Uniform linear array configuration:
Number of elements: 48
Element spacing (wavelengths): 1
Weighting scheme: blackman
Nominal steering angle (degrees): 45
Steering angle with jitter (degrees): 45.705
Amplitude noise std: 0.05
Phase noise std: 0.05

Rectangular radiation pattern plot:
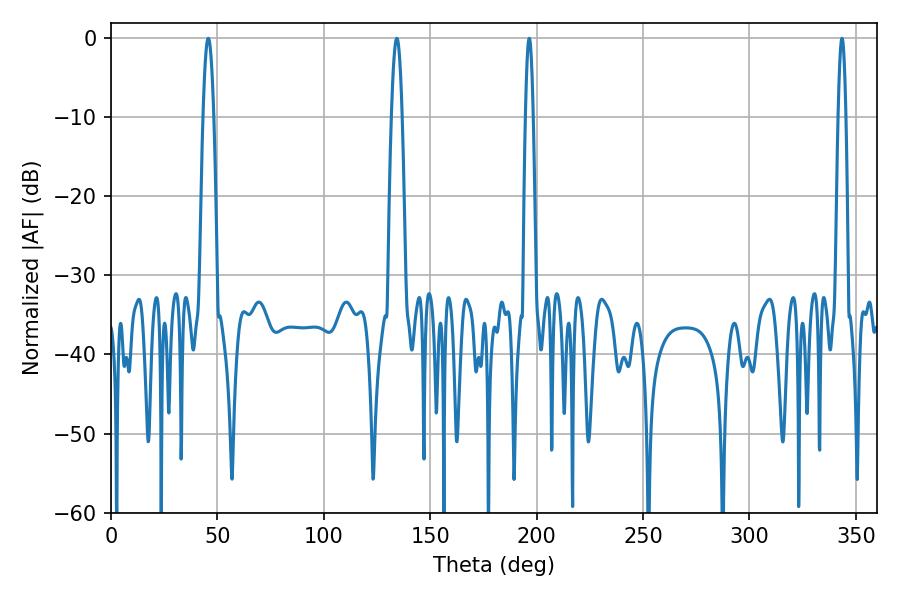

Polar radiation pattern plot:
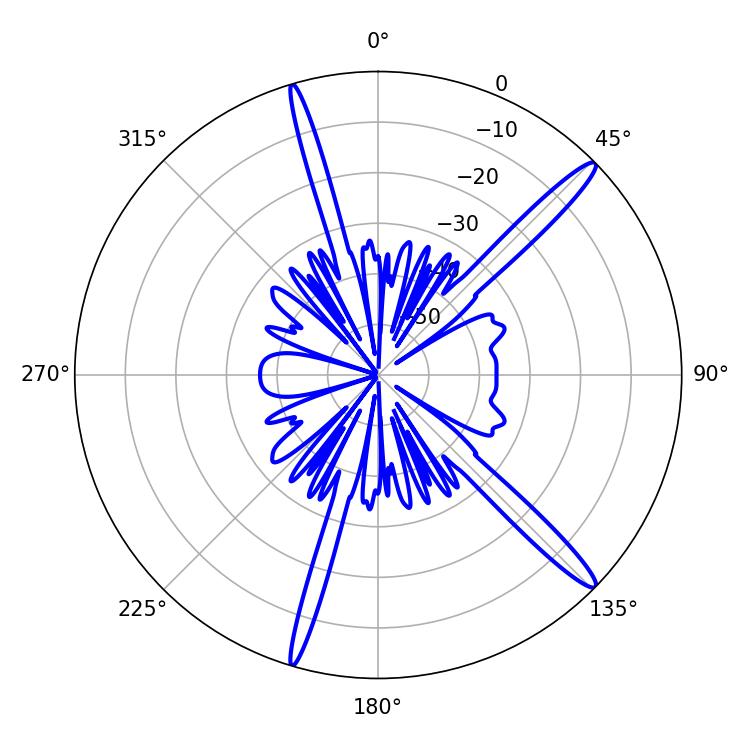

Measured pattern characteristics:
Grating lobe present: TRUE
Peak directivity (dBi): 15.694
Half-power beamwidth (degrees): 2.7
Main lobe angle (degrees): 45.72